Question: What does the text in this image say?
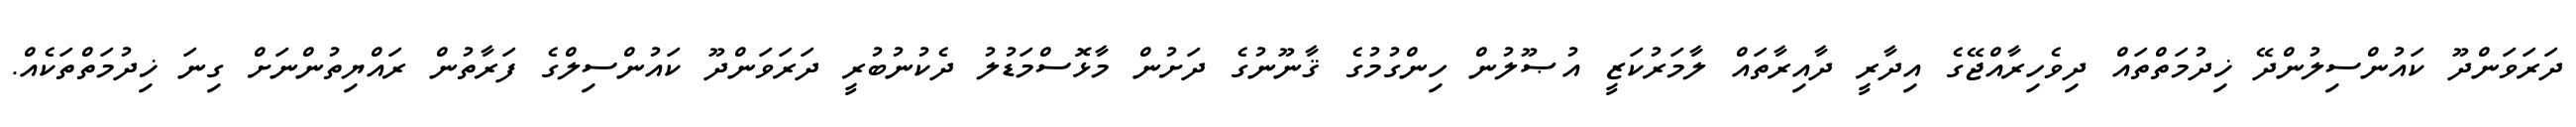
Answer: ދަރަވަންދޫ ކައުންސިލުންދޭ ޚިދުމަތްތައް ދިވެހިރާއްޖޭގެ އިދާރީ ދާއިރާތައް ލާމަރުކަޒީ އުޞޫލުން ހިންގުމުގެ ޤާނޫނުގެ ދަށުން މާޅޮސްމަޑުލު ދެކުނުބުރީ ދަރަވަންދޫ ކައުންސިލްގެ ފަރާތުން ރައްޔިތުންނަށް ގިނަ ޚިދުމަތްތަކެއް.